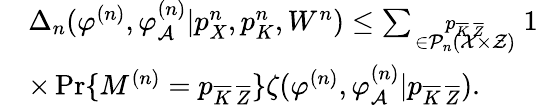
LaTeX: \begin{array}{rl}&{\Delta_{n}(\varphi^{(n)},\varphi_{\cal A}^{(n)}|p_{X}^{n},p_{K}^{n},W^{n})\leq\sum_{\scriptstyle p_{\overline{{K}}\, \overline{{Z}}}\atop{\scriptstyle\in{\cal P}_{n}({\cal X}\times{\cal Z})}}1}\\ &{\times\operatorname*{Pr}\{ M^{(n)}=p_{\overline{{K}}\, \overline{{Z}}}\} \zeta(\varphi^{(n)},\varphi_{\cal A}^{(n)}|p_{\overline{{K}}\, \overline{{Z}}}).}\end{array}